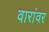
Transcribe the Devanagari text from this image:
वारांवर